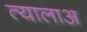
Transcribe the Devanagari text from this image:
त्यालाअ